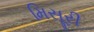
મિસૂરી